Regulations for the medical services of the Army of India
Year: 1930
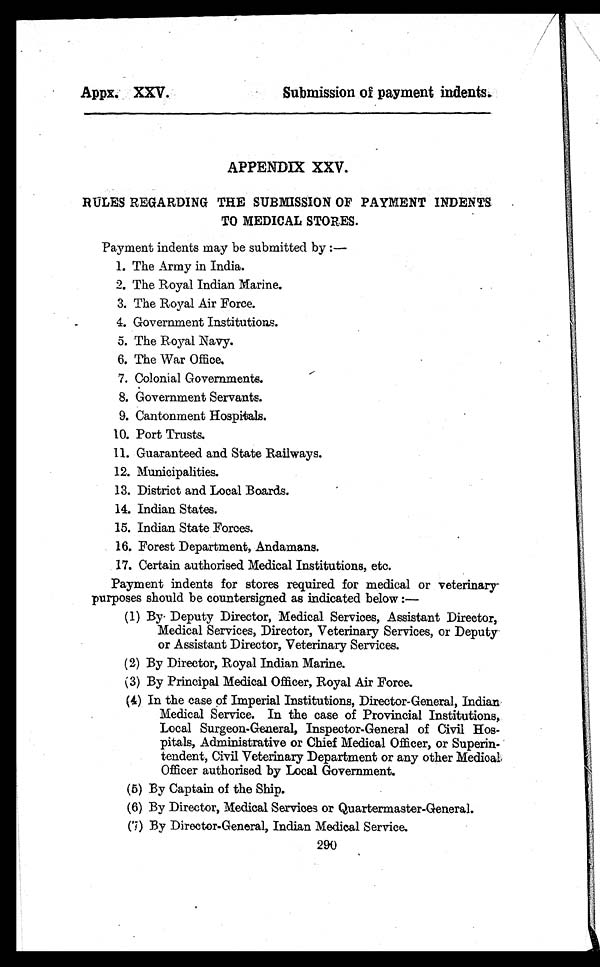
Appx. XXV.
Submission of payment indents.
APPENDIX XXV.
RULES REGARDING THE SUBMISSION OF PAYMENT INDENTS
TO MEDICAL STORES.
Payment indents may be submitted by :—
1. The Army in India.
2. The Royal Indian Marine.
3. The Royal Air Force.
4. Government Institutions.
5. The Royal Navy.
6. The War Office.
7. Colonial Governments.
8. Government Servants.
9. Cantonment Hospitals.
10. Port Trusts.
11. Guaranteed and State Railways.
12. Municipalities.
13. District and Local Boards.
14. Indian States.
15. Indian State Forces.
16. Forest Department, Andamans.
17. Certain authorised Medical Institutions, etc.
Payment indents for stores required for medical or veterinary
purposes should be countersigned as indicated below :—
(1) By Deputy Director, Medical Services, Assistant Director,
Medical Services, Director, Veterinary Services, or Deputy
or Assistant Director, Veterinary Services.
(2) By Director, Royal Indian Marine.
(3) By Principal Medical Officer, Royal Air Force.
(4) In the case of Imperial Institutions, Director-General, Indian
Medical Service. In the case of Provincial Institutions,
Local Surgeon-General, Inspector-General of Civil Hos-
pitals, Administrative or Chief Medical Officer, or Superin-
tendent, Civil Veterinary Department or any other Medical
Officer authorised by Local Government.
(5) By Captain of the Ship.
(6) By Director, Medical Services or Quartermaster-General.
(7) By Director-General, Indian Medical Service.
290